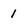
Character: 1